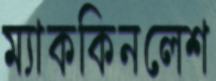
ম্যাককিনলেশ